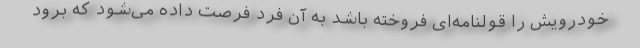
خودرویش را قولنامه‌ای فروخته باشد به آن فرد فرصت داده می‌شود که برود